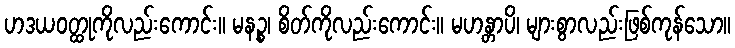
ဟဒယဝတ္ထုကိုလည်းကောင်း။ မနဉ္စ၊ စိတ်ကိုလည်းကောင်း။ မဟန္တာပိ၊ များစွာလည်းဖြစ်ကုန်သော။